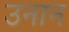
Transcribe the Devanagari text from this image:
उनान